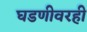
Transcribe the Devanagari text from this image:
घडणीवरही